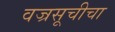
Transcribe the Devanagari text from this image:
वज्रसूचीचा